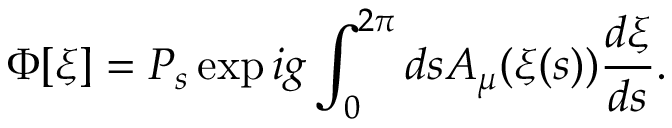
\Phi [ \xi ] = P _ { s } \exp i g \int _ { 0 } ^ { 2 \pi } d s A _ { \mu } ( \xi ( s ) ) \frac { d \xi } { d s } .